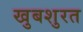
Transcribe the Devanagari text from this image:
खुबशुरत